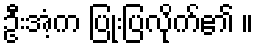
ဦးအံ့က ပြုံးပြလိုက်၏ ။